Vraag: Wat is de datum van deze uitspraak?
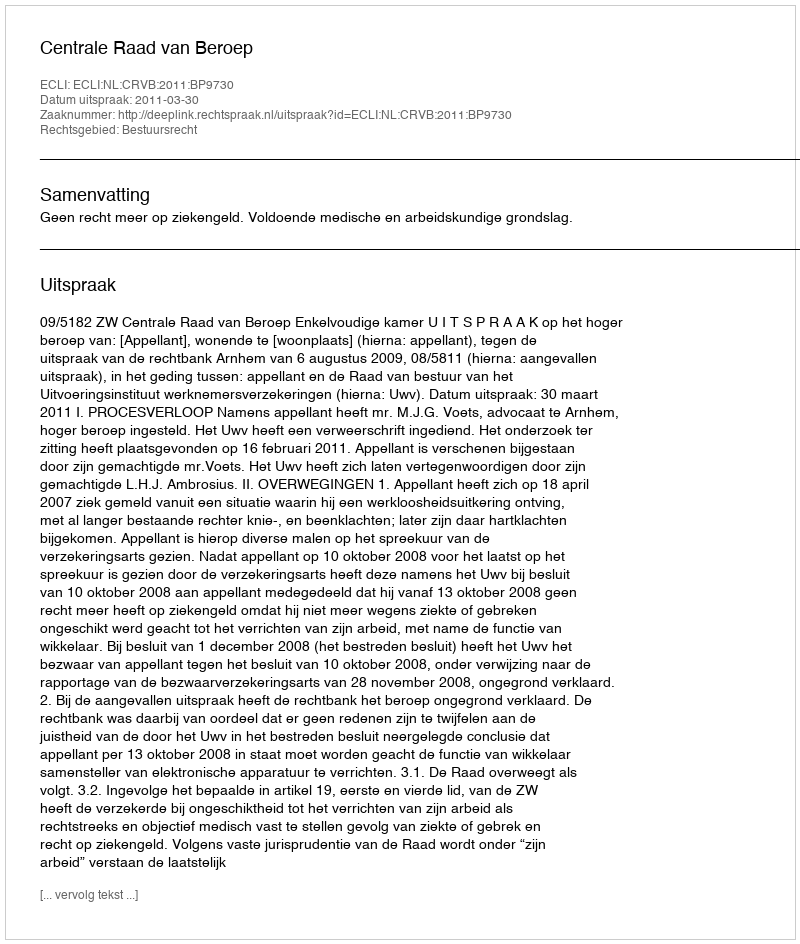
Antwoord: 2011-03-30